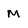
Character: M